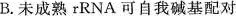
B. 未成熟rRNA可自我碱基配对